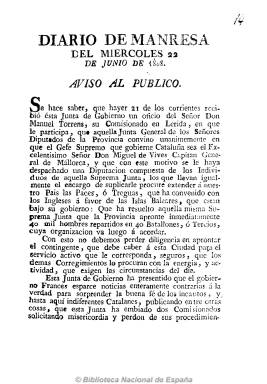
Título: Diario de Manresa (Reimp. en Cádiz)
Colección: Periódicos anteriores a 1850
Ámbito geográfico: Cádiz
Lugar de publicación: Cádiz
Fechas: 22/06/1808-22/06/1808

Un único ejemplar fechado el 22 de junio de 1808, de 3 páginas y reimpreso en Cádiz, por D. Antonio de Murguia, en el que bajo el epígrafe “Aviso al público” da cuenta del nombramiento del capitán general de Mallorca, don Miguel Vives, como jefe supremo de Cataluña en la guerra contra las tropas napoleónicas, así como noticias varias sobre  acontecimientos en Tortosa y Madrid.
En la Hemeroteca Municipal de Madrid se encuentran los n. 118-148 (1-31 mayo 1809).